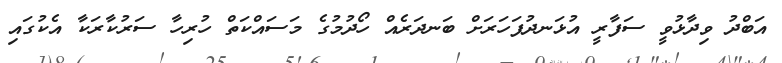
އަބްދު ވިދާޅުވީ ސަފާރީ އުޅަނދުފަހަރަށް ބަނދަރެއް ހޯދުމުގެ މަސައްކަތް ހުރިހާ ސަރުކާރަކާ އެކުގައި